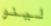
لينو